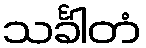
သင်္ခါတံ